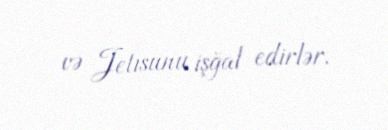
və Jetısunu işğal edirlər.